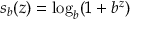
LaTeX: s _ { b } ( z ) = \log _ { b } ( 1 + b ^ { z } )